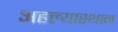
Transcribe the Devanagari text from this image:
अहल्यास्थान